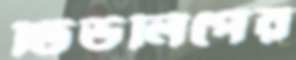
টিউলিপের